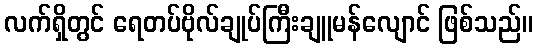
လက်ရှိတွင် ရေတပ်ဗိုလ်ချုပ်ကြီးချူမန်လျောင် ဖြစ်သည်။